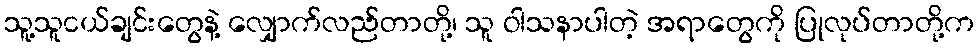
သူ့သူငယ်ချင်းတွေနဲ့ လျှောက်လည်တာတို့၊ သူ ဝါသနာပါတဲ့ အရာတွေကို ပြုလုပ်တာတို့က